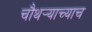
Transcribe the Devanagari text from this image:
चौथर्‍याच्याच